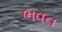
ભવન